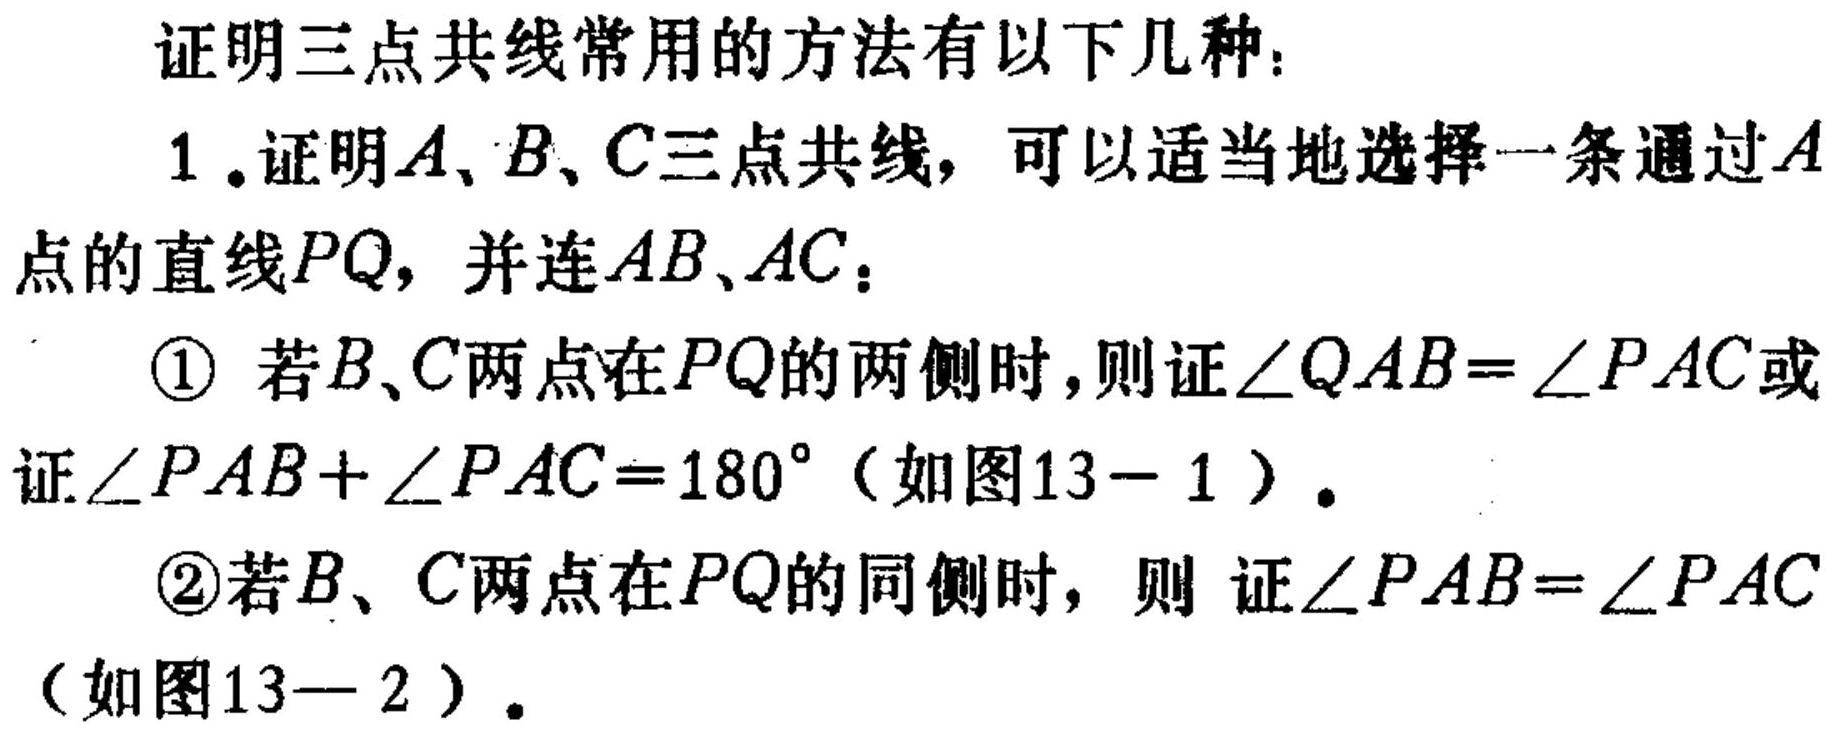
证明三点共线常用的方法有以下几种：
1.证明\(A、B、C\)三点共线，可以适当地选择一条通过\(A\)点的直线\(PQ\)，并连\(AB、AC\)：
    - 若\(B、C\)两点在\(PQ\)的两侧时，则证\(\angle QAB = \angle PAC\)或证\(\angle PAB+\angle PAC = 180^{\circ}\)（如图13 - 1）。
    - 若\(B、C\)两点在\(PQ\)的同侧时，则 证\(\angle PAB = \angle PAC\)（如图13 - 2）。